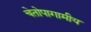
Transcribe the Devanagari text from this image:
चेतोपागामीय